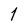
Character: 1